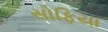
સોફિયા